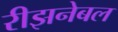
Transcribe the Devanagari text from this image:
रीझनेबल